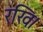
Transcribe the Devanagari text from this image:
रखि।